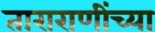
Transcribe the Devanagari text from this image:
ताराराणींच्या